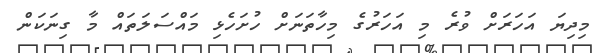
މިދިޔަ އަހަރަށް ވުރެ މި އަހަރުގެ މިހާތަނަށް ހުށަހެޅި މައްސަލަތައް މާ ގިނަކަން